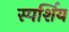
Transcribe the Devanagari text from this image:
स्पर्शिय